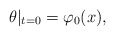
\begin{align*}\theta|_{t=0}=\varphi_0(x),\end{align*}